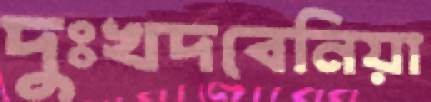
দুঃখদবেনিয়া